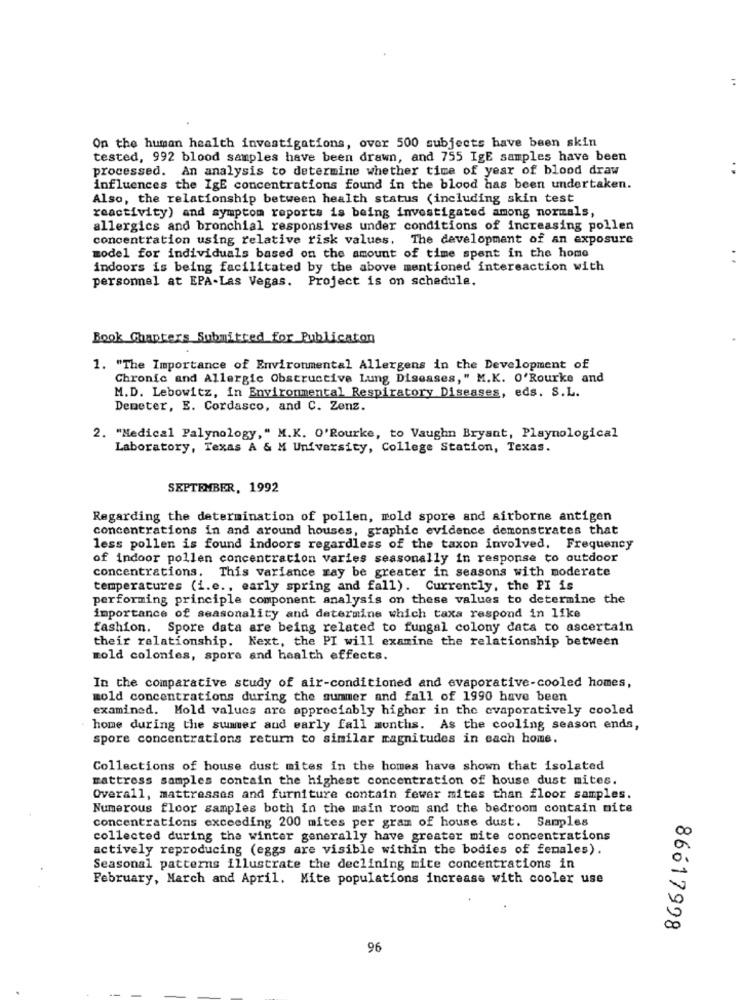
On the human health investigations, over 500 subjects have been skin
tested, 992 blood samples have been drawn, and 755 IgE samples have been
processed. An analysis to determine whether time of year of blood draw
influences the IgE concentrations found in the blood has been undertaken.
Also, the relationship between health status (including skin test
reactivity) and symptom reports is being investigated among normals,
allergics and bronchial responsives under conditions of increasing pollen
concentration using relative risk values. The development of an exposure
model for individuals based on the amount of time spent in the home
indoors is being facilitated by the above mentioned intereaction with
personnel at EPA-Las Vegas. Project is on schedule.
Book Chapters Submitted for Publication
1. "The Importance of Environmental Allergens in the Development of
Chronic and Allergic Obstructive Lung Diseases," M.K. O'Rourke and
M.D. Lebowitz, in Environmental Respiratory Diseases, eds. S.L.
Demeter, E. Cordasco, and C. Zenz.
2. "Medical Palynology," M.K. O'Rourke, to Vaughn Bryant, Playnological
Laboratory, Texas A & M University, College Station, Texas.
SEPTEMBER, 1992
Regarding the determination of pollen, mold spore and airborne antigen
concentrations in and around houses, graphic evidence demonstrates that
less pollen is found indoors regardless of the taxon involved. Frequency
of indoor pollen concentration varies seasonally in response to outdoor
concentrations. This variance ray be greater in seasons with moderate
temperatures (i.e ., early spring and fall). Currently, the PI is
performing principle component analysis on these values to determine the
importance of seasonality and determine which taxa respond in like
fashion. Spore data are being related to fungal colony data to ascertain
their relationship. Next, the PI will examine the relationship between
mold colonies, spors and health effects.
In the comparative study of air-conditioned and evaporative-cooled homes,
mold concentrations during the summer and fall of 1990 have been
examined. Mold values are appreciably higher in the evaporatively cooled
home during the summer and early fall months. As the cooling season ends,
spore concentrations return to similar magnitudes in each home.
Collections of house dust mites in the homes have shown that isolated
mattress samples contain the highest concentration of house dust mites.
Overall, mattresses and furniture contain fewer mites than floor samples.
Numerous floor samples both in the main room and the bedroom contain nite
concentrations exceeding 200 mites per gram of house dust. Samples
collected during the winter generally have greater mite concentrations
actively reproducing (eggs are visible within the bodies of females).
Seasonal patterns illustrate the declining mite concentrations in
February, March and April. Mite populations increase with cooler use
86617998
96